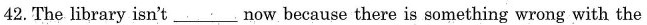
42. The library isn't _________ now because there is something wrong with the